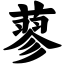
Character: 蓼